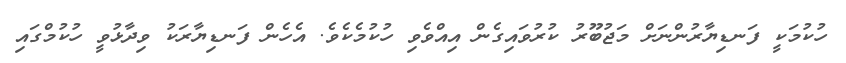
ހުކުމަކީ ފަނޑިޔާރުންނަށް މަޖުބޫރު ކުރުވައިގެން އިއްވެވި ހުކުމެކެވެ. އެހެން ފަނޑިޔާރަކު ވިދާޅުވީ ހުކުމްގައި